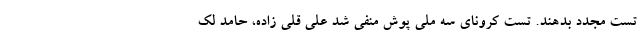
تست مجدد بدهند. تست کرونای سه ملی پوش منفی شد علی قلی زاده، حامد لک